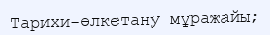
Тарихи-өлкетану мұражайы;